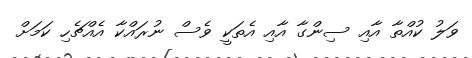
ވަލު ކުއްތާ އާއި ސިންގާ އާއި އެތަކީ ވެސް ނުރައްކާ އެއްޗެހި ކަމަށް